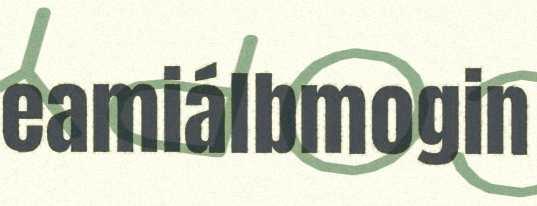
eamiálbmogin